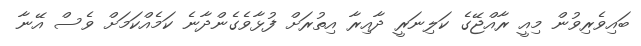
ބައިވެރިވުން މިއީ ރާއްޖޭގެ ކަލިނަރީ ދާއިރާ އިތުރަށް ފުޅާވެގެންދާނެ ކަމެއްކަމަށް ވެސް އޭނާ